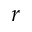
r